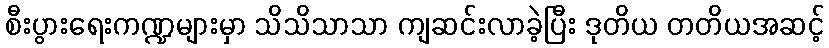
စီးပွားရေးကဏ္ဍများမှာ သိသိသာသာ ကျဆင်းလာခဲ့ပြီး ဒုတိယ တတိယအဆင့်